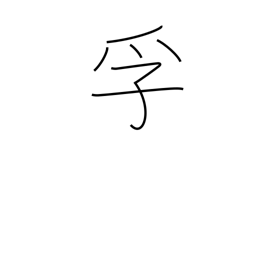
Meaning: encase